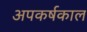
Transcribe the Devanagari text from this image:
अपकर्षकाल